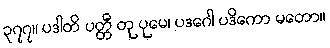
၃၇၇။ ပဒါတိ ပတ္တီ တု ပုမေ၊ ပဒဂေါ ပဒိကော မတော။